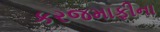
કરજમાફીના